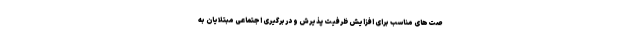
صت‌های مناسب برای افزایش ظرفیت پذیرش و دربرگیری اجتماعی مبتلایان به